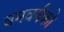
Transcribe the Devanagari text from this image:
बमवर्षको